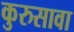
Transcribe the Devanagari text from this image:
कुरुसावा